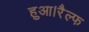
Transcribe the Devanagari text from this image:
हुआ।रैल्फ